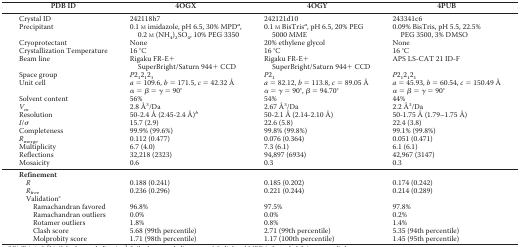
<table><thead><tr><td><b>PDB ID</b></td><td><b>4OGX</b></td><td><b>4OGY</b></td><td><b>4PUB</b></td></tr></thead><tbody><tr><td>Crystal ID</td><td>242118h7</td><td>242121d10</td><td>243341c6</td></tr><tr><td>Precipitant</td><td>0.1 m imidazole, pH 6.5, 30% MPD<i><sup>a</sup></i>, 0.2 m (NH<sub>4</sub>)<sub>2</sub>SO<sub>4</sub>, 10% PEG 3350</td><td>0.1 m BisTris<i><sup>a</sup></i>, pH 6.5, 20% PEG 5000 MME</td><td>0.09% BisTris, pH 5.5, 22.5% PEG 3500, 3% DMSO</td></tr><tr><td>Cryoprotectant</td><td>None</td><td>20% ethylene glycol</td><td>None</td></tr><tr><td>Crystallization Temperature</td><td>16 °C</td><td>16 °C</td><td>16 °C</td></tr><tr><td>Beam line</td><td>Rigaku FR-E+ SuperBright/Saturn 944+ CCD</td><td>Rigaku FR-E+ SuperBright/Saturn 944+ CCD</td><td>APS LS-CAT 21 ID-F</td></tr><tr><td>Space group</td><td><i>P</i>2<sub>1</sub>2<sub>1</sub>2<sub>1</sub></td><td><i>P</i>2<sub>1</sub></td><td><i>P</i>2<sub>1</sub>2<sub>1</sub>2<sub>1</sub></td></tr><tr><td>Unit cell</td><td><i>a</i> = 109.6, <i>b</i> = 171.5, <i>c</i> = 42.32 Å</td><td><i>a</i> = 82.12, <i>b</i> = 113.8, <i>c</i> = 89.05 Å</td><td><i>a</i> = 45.93, <i>b</i> = 60.54, <i>c</i> = 150.49 Å</td></tr><tr><td></td><td>α = β = γ = 90°</td><td>α = γ = 90°, β = 94.70°</td><td>α = β = γ = 90°</td></tr><tr><td>Solvent content</td><td>56%</td><td>54%</td><td>44%</td></tr><tr><td><i>V<sub>m</sub></i></td><td>2.8 Å<sup>3</sup>/Da</td><td>2.67 Å<sup>3</sup>/Da</td><td>2.2 Å<sup>3</sup>/Da</td></tr><tr><td>Resolution</td><td>50-2.4 Å (2.45-2.4 Å)<i><sup>b</sup></i></td><td>50-2.1 Å (2.14-2.10 Å)</td><td>50-1.75 Å (1.79–1.75 Å)</td></tr><tr><td><i>I</i>/σ</td><td>15.7 (2.9)</td><td>22.6 (5.8)</td><td>22.4 (3.8)</td></tr><tr><td>Completeness</td><td>99.9% (99.6%)</td><td>99.8% (99.8%)</td><td>99.1% (99.8%)</td></tr><tr><td><i>R</i><sub>merge</sub></td><td>0.112 (0.477)</td><td>0.076 (0.364)</td><td>0.051 (0.471)</td></tr><tr><td>Multiplicity</td><td>6.7 (4.0)</td><td>7.3 (6.1)</td><td>6.1 (6.1)</td></tr><tr><td>Reflections</td><td>32,218 (2323)</td><td>94,897 (6934)</td><td>42,967 (3147)</td></tr><tr><td>Mosaicity</td><td>0.6</td><td>0.3</td><td>0.3</td></tr><tr><td colspan="4"><b>Refinement</b></td></tr><tr><td><i>R</i></td><td>0.188 (0.241)</td><td>0.185 (0.202)</td><td>0.174 (0.242)</td></tr><tr><td><i>R</i><sub>free</sub></td><td>0.236 (0.296)</td><td>0.221 (0.244)</td><td>0.214 (0.289)</td></tr><tr><td>Validation<i><sup>c</sup></i></td><td></td><td></td><td></td></tr><tr><td>Ramachandran favored</td><td>96.8%</td><td>97.5%</td><td>97.8%</td></tr><tr><td>Ramachandran outliers</td><td>0.0%</td><td>0.0%</td><td>0.2%</td></tr><tr><td>Rotamer outliers</td><td>1.8%</td><td>0.8%</td><td>1.4%</td></tr><tr><td>Clash score</td><td>5.68 (99th percentile)</td><td>2.71 (99th percentile)</td><td>5.35 (94th percentile)</td></tr><tr><td>Molprobity score</td><td>1.71 (98th percentile)</td><td>1.17 (100th percentile)</td><td>1.45 (95th percentile)</td></tr></tbody></table>